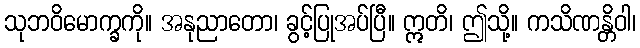
သုဘဝိမောက္ခကို။ အနုညာတော၊ ခွင့်ပြုအပ်ပြီ။ ဣတိ၊ ဤသို့။ ကသိဏန္တိဝါ၊